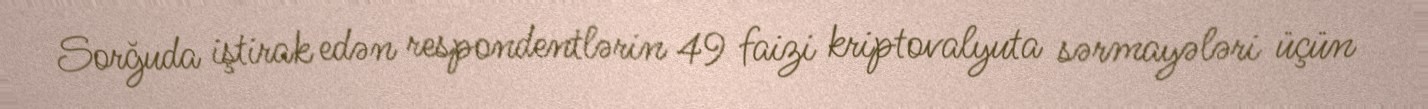
Sorğuda iştirak edən respondentlərin 49 faizi kriptovalyuta sərmayələri üçün